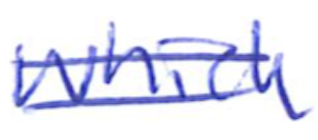
Text: which
Cross-out: double-line
Writing tool: ballpoint